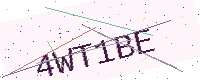
Text: 4WT1BE